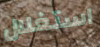
استغلال